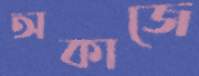
অকাজে